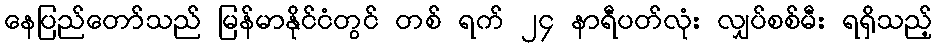
နေပြည်တော်သည် မြန်မာနိုင်ငံတွင် တစ် ရက် ၂၄ နာရီပတ်လုံး လျှပ်စစ်မီး ရရှိသည့်